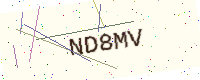
Text: ND8MV